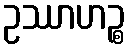
ဥဿာဟဉ္စ